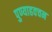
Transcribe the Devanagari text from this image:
पुण्याहवचन